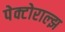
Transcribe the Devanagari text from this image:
पेक्टोराल्झ